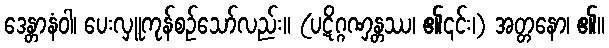
ဒေန္တာနံဝါ၊ ပေးလှူကုန်စဉ်သော်လည်း။ (ပဋိဂ္ဂဏှန္တဿ၊ ၏၎င်း၊) အတ္တနော၊ ၏။